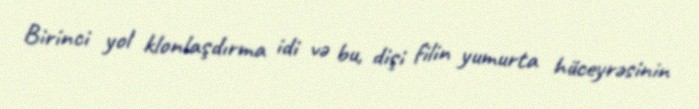
Birinci yol klonlaşdırma idi və bu, dişi filin yumurta hüceyrəsinin